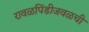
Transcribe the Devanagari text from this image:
रावळपिंडीजवळची